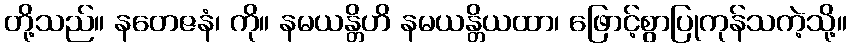
တို့သည်။ နတေဇနံ၊ ကို။ နမယန္တိဟိ နမယန္တိယထာ၊ ဖြောင့်စွာပြုကုန်သကဲ့သို့။